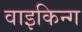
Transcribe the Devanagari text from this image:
वाइकिन्ग